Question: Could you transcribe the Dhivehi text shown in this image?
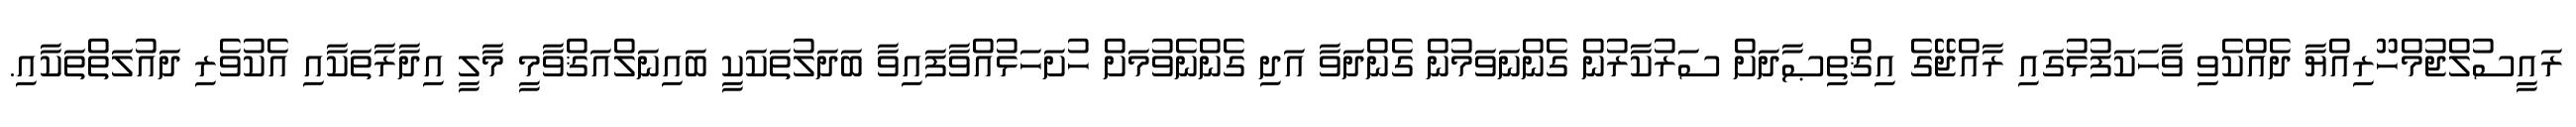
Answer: ރައީސުލްޖުމްހޫރިއްޔާ ދެއްކެވި ވާހަކަފުޅުގައި ރާއްޖޭގެ އިޤްތިޞާދަށް ސަރުކާރުން ގެންނަވަމުން ގެންދަވާ އަދި ގެންނެވުމަށް ހުށަހަޅުއްވާފައިވާ ބަދަލުތަކަކީ ބައިނަލްއަޤްވާމީ މާލީ އިދާރާތަކާއި އެކުވެރި ދައުލަތްތަކާއި.